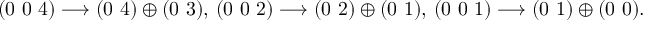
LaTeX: ( 0 ~ 0 ~ 4 ) \longrightarrow ( 0 ~ 4 ) \oplus ( 0 ~ 3 ) , \, ( 0 ~ 0 ~ 2 ) \longrightarrow ( 0 ~ 2 ) \oplus ( 0 ~ 1 ) , \, ( 0 ~ 0 ~ 1 ) \longrightarrow ( 0 ~ 1 ) \oplus ( 0 ~ 0 ) .